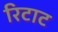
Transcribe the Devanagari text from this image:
रिटाट